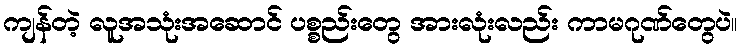
ကျန်တဲ့ လူအသုံးအဆောင် ပစ္စည်းတွေ အားလုံးလည်း ကာမဂုဏ်တွေပဲ။